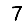
Digit: 7